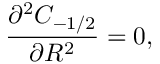
\frac { \partial ^ { 2 } C _ { - 1 / 2 } } { \partial R ^ { 2 } } = 0 ,